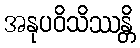
အနုပဝိသိဿန္တိ